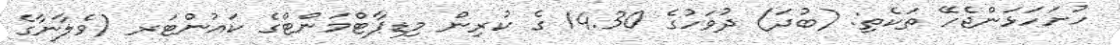
ހުށަހަޅަންޖެހޭ ތަކެތި: (ބުދަ) ދުވަހުގެ 14.30 ގެ ކުރިން މިޑިޕާޓްމަންޓްގެ ކައުންޓަރ (ވެލާނާގެ